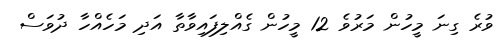
ވުރެ ގިނަ މީހުން މަރުވެ 12 މީހުން ގެއްލިފައިވާތާ އަދި މަހެއްހާ ދުވަސް